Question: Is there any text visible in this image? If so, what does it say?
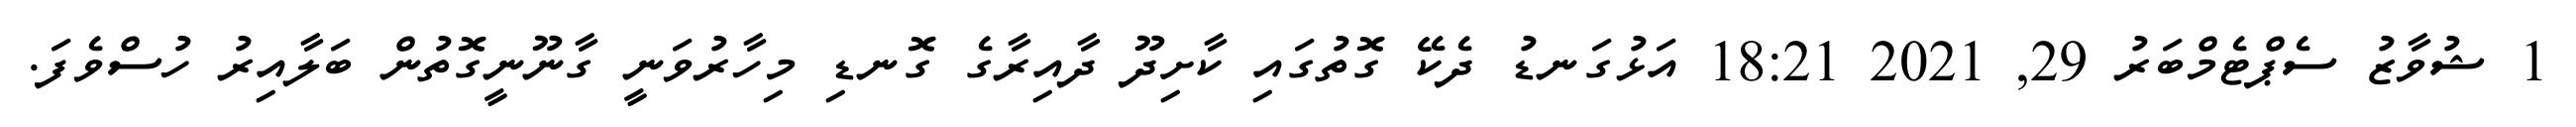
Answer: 1 ޝުވާޒު ސެޕްޓެމްބަރު 29, 2021 18:21 އަޅުގަނޑު ދެކޭ ގޮތުގައި ކާށިދޫ ދާއިރާގެ ގޮނޑި މިހާރުވަނީ ގާނޫނީގޮތުން ބަލާއިރު ހުސްވެފަ.